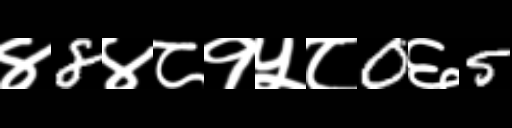
Text: ४8४८१५८0६5